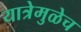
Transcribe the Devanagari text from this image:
यात्रेमुळेच